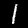
Label: 1